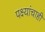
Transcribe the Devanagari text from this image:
पक्ष्यांचाही